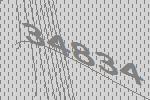
34834